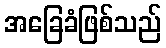
အခြေခံဖြစ်သည်